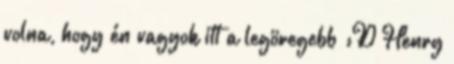
volna, hogy én vagyok itt a legöregebb :D Henry